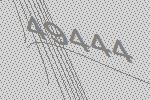
49444